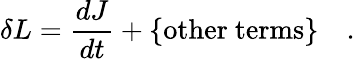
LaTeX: \delta L=\frac{dJ}{dt}+\mathrm{\{ other~terms\} }\quad.